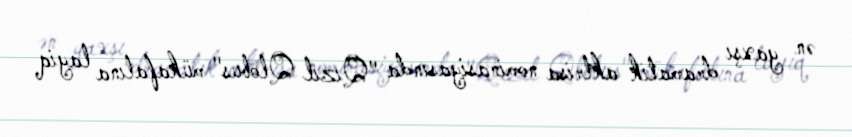
ən yaxşı dramatik aktrisa nominasiyasında "Qızıl Qlobus" mükafatına layiq